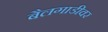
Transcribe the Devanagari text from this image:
बैलगाडीवर